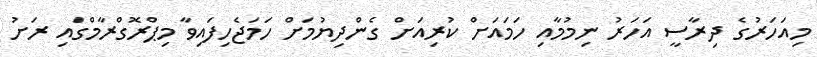
މިއަހަރުގެ ދިރާސީ އަހަރު ނިމުމާއި ހަމައަށް ކުރިއަށް ގެންދިޔުމަށް ހަމަޖެހިފައިވާ މިޕްރޮގްރާމްގައި ރަށު